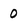
Character: O